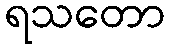
ရသတော